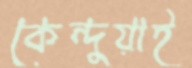
কেন্দুয়াই